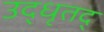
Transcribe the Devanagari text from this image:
उद्धृतद्